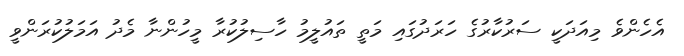
އެހެންވެ މިއަދަކީ ސަރުކާރުގެ ހަރަދުގައި މަތީ ތައުލީމު ހާސިލުކުރާ މީހުންނާ މެދު އަމަލުކުރަންވީ